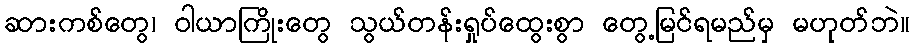
ဆားကစ်တွေ၊ ဝါယာကြိုးတွေ သွယ်တန်းရှုပ်ထွေးစွာ တွေ့မြင်ရမည်မှ မဟုတ်ဘဲ။